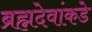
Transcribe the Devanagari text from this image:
ब्रह्मदेवांकडे